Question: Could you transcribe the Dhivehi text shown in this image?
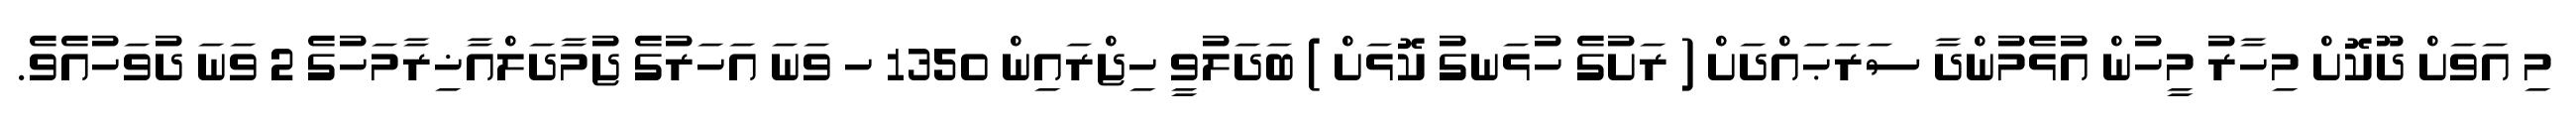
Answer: މި އަވަށް ދޫކޮށް މިހާރު މީހުން އުޅެމުންދާ ސަރަޙައްދަށް ( ރަށުގެ ހުޅަނގު ކޮޅަށް ) ބަދަލުވީ ހިޖްރައިން 1350 ހ ވަނަ އަހަރުގެ ޖުމާދަލްއާޚިރާމަހުގެ 2 ވަނަ ދުވަހުއެވެ.